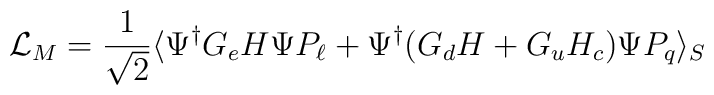
\mathcal{L}_{M}=\frac{1}{\sqrt{2}}\langle\Psi^{\dagger}G_{e}H\Psi P_{\ell}+\Psi^{\dagger}(G_{d}H+G_{u}H_{c})\Psi P_{q}\rangle_{S}